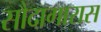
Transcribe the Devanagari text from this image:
सौदागारास